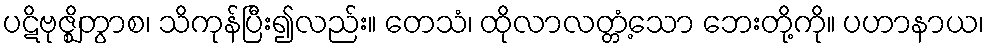
ပဋိဗုဇ္ဈိတွာစ၊ သိကုန်ပြီး၍လည်း။ တေသံ၊ ထိုလာလတ္တံ့သော ဘေးတို့ကို။ ပဟာနာယ၊